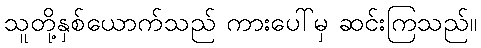
သူတို့နှစ်ယောက်သည် ကားပေါ်မှ ဆင်းကြသည်။